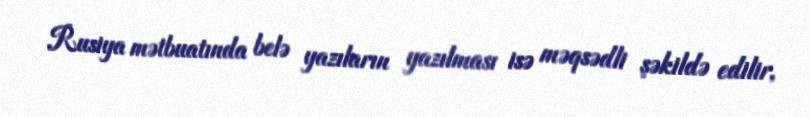
Rusiya mətbuatında belə yazıların yazılması isə məqsədli şəkildə edilir,